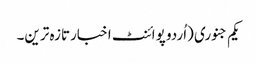
یکم جنوری (اُردو پوائنٹ اخبارتازہ ترین۔